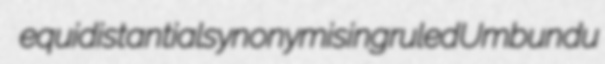
equidistantial synonymising ruled Umbundu